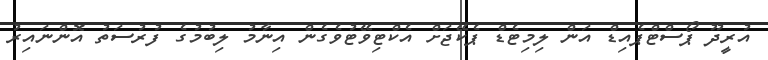
އުރީދޫ ޕޯސްޓްޕެއިޑް އަން ލިމިޓެޑް ޕެކޭޖަށް އެކްޓިވޭޓުވެގެން އިނާމު ލިބުމުގެ ފުރުސަތު އޮންނައިރު